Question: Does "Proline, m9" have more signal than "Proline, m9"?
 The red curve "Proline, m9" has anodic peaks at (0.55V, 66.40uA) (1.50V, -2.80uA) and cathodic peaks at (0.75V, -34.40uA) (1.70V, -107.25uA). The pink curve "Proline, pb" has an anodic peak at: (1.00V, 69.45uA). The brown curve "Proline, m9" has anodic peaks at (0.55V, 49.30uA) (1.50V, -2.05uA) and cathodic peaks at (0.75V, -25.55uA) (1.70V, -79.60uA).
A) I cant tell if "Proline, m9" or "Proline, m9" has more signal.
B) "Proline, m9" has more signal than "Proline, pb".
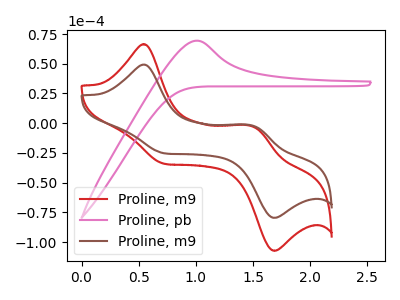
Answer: <think>All the peaks in "Proline, m9" have a peak in "Proline, m9" at the same potential.
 </think>
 <answer>A) I cant tell if "Proline, m9" or "Proline, m9" has more signal.</answer>
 <eval>A</eval>